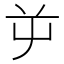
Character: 屰